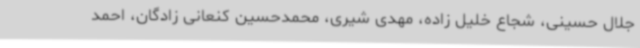
جلال حسینی، شجاع خلیل زاده، مهدی شیری، محمدحسین کنعانی زادگان، احمد